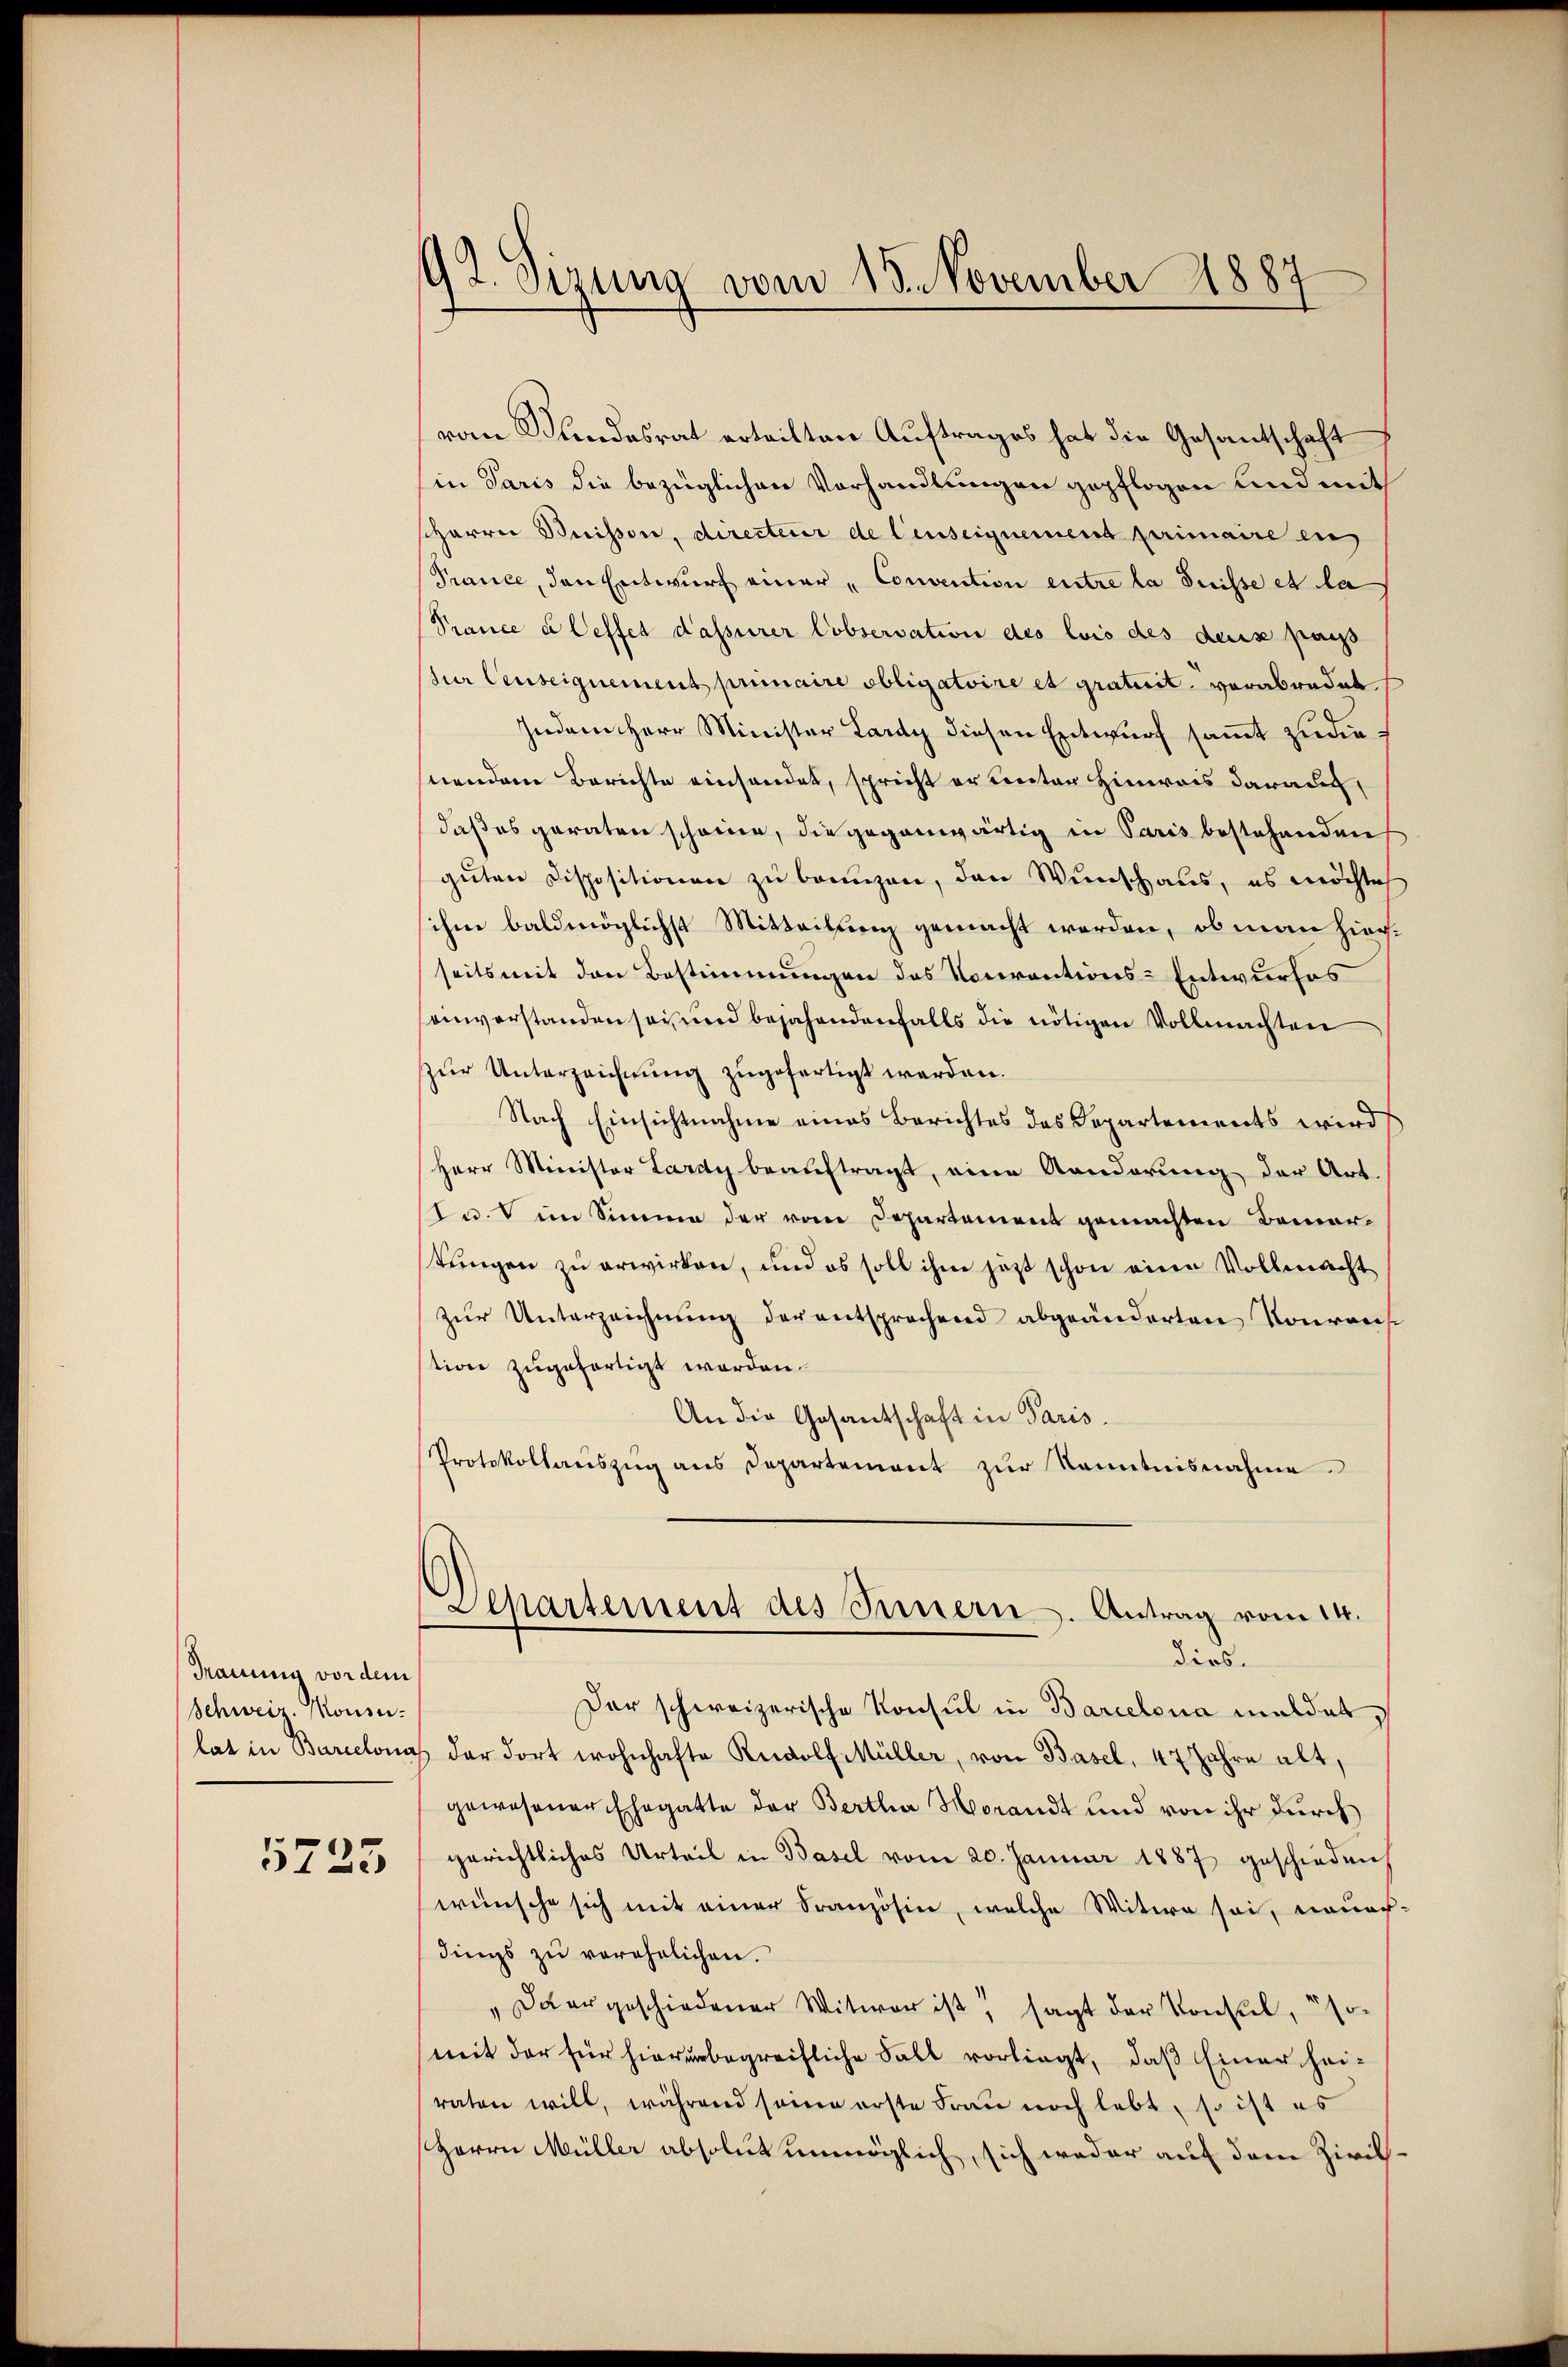
Trauung vor dem
Schweiz. Mousu¬

5725

92. Sizung vom 18. November 1887

Departement des Innern. Antrag vom 14.
dies

vom Bundesrat erteilten Auftrages hat die Gesantschaft
in Paris die bezüglichen Vorhandlungen gepflogen und mit
scharrei Buisson, directeur de lauseignement primaire ei
Prance, den Entwurf einer „Convention entre la Suisse et la
Prance à leffet dasserer Cobservation des lois des deus pass
(zur Censeignement primaire obligatoire et gratuit, verabredet
Indem Herr Minister Lardy diesen Entwurf sammt zudie
nenden Berichte einsendet, spricht er unter Hinweis darauf,
daß es geraten scheine, die gegenwärtig in Paris bestehenden
guten Dispositionen zu bringen, den Wunschaus, es möchte
sihen baldmöglichst Mitteilung gemacht werden, ob man hierseits mit den Bestimmungen des Conventions-Entwurfes
einverstanden sey, und bejahendenfalls die nötigen Vollmachten
zur Unterzeichnung zugefertigt werden.
Nach Einsichtnahme eines Berichtes des Departements wird
Herr Minister Lardy beaŭftragt, eine Kanderung der Art.
u. im Sinne der vom Departement gemachten Bemerstungen zu erwirken, und es soll ihm jetzt schon eine Vollmacht
zŭr Unterzeichnung der entsprechend abgeänderten Voraus
stion zugefertigt worden.
An die Gesantschaft in Paris.
Protokollauszug aus Departement zur Kenntnisnahme.

Der schweizerische Konsul in Barcelona meldet,
lat in Barcelona der dort wohnhafte Rudolf Müller, von Basel, 47 Jahre alt,
gewesener Ehegatte der Bertha Horandt und von ihr durch
gerichtliches Urteil in Basel vom 20. Januar 1887 geschieden
wünsche sich mit einer Französin, welche Witwe sei, wonach-
dings zu verehrlichen.
"Daergeschiedener Witwer ist, sagt der Konsul, so-
mit der für hierunbegreifliche Fall vorliegt, daß Einer heiraten will, während seinen erste Frau noch lebt, so ist es
Herrn Müller absolut unmöglich, sich weder auf dem Zivil¬